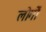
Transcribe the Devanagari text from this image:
लोगोें